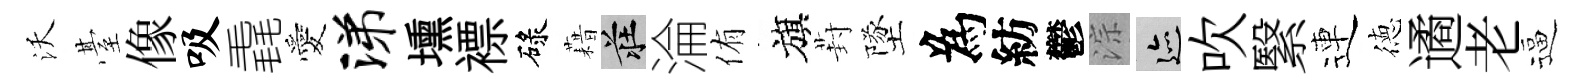
沃䑓像吸毳愛涕壎褾碌藉莊淪侑旗葑墜為紡鬱淙迹吹繄連徳遹老逼